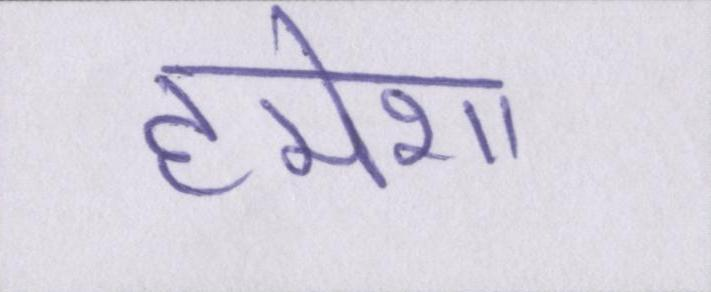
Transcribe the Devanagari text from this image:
हमेशा